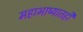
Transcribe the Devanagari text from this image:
महाभाष्यातही